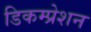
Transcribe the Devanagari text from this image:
डिकम्प्रेशन